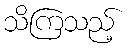
သိကြသည့်